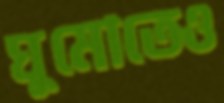
ঘুমোতেও